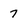
Character: 7